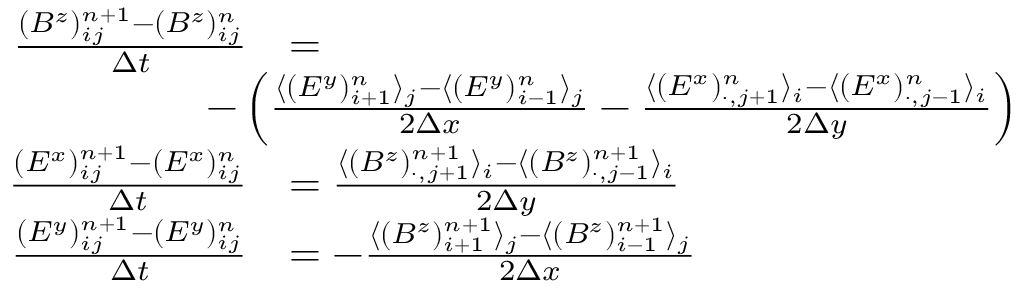
\begin{array} { r l } { \frac { ( B ^ { z } ) _ { i j } ^ { n + 1 } - ( B ^ { z } ) _ { i j } ^ { n } } { \Delta t } } & { = } \\ & { \! \! \! \! \! \! \! \! \! \! \! \! - \left( \frac { \langle ( E ^ { y } ) _ { i + 1 } ^ { n } \rangle _ { j } - \langle ( E ^ { y } ) _ { i - 1 } ^ { n } \rangle _ { j } } { 2 \Delta x } - \frac { \langle ( E ^ { x } ) _ { \cdot , j + 1 } ^ { n } \rangle _ { i } - \langle ( E ^ { x } ) _ { \cdot , j - 1 } ^ { n } \rangle _ { i } } { 2 \Delta y } \right) } \\ { \frac { ( E ^ { x } ) _ { i j } ^ { n + 1 } - ( E ^ { x } ) _ { i j } ^ { n } } { \Delta t } } & { = \frac { \langle ( B ^ { z } ) _ { \cdot , j + 1 } ^ { n + 1 } \rangle _ { i } - \langle ( B ^ { z } ) _ { \cdot , j - 1 } ^ { n + 1 } \rangle _ { i } } { 2 \Delta y } } \\ { \frac { ( E ^ { y } ) _ { i j } ^ { n + 1 } - ( E ^ { y } ) _ { i j } ^ { n } } { \Delta t } } & { = - \frac { \langle ( B ^ { z } ) _ { i + 1 } ^ { n + 1 } \rangle _ { j } - \langle ( B ^ { z } ) _ { i - 1 } ^ { n + 1 } \rangle _ { j } } { 2 \Delta x } } \end{array}